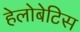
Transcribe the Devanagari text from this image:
हेलोबेटिस